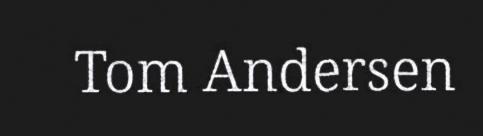
Tom Andersen